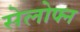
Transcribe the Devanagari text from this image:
सेलोफ्न